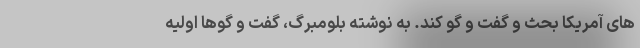
های آمریکا بحث و گفت و گو کند. به نوشته بلومبرگ، گفت و گوها اولیه